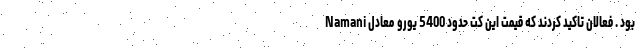
Namani بود . فعالان تاکید کردند که قیمت این کت حدود 5400 یورو معادل